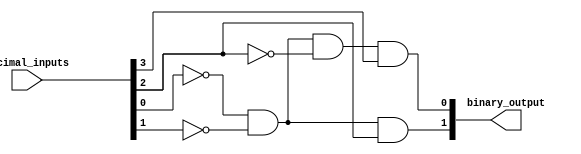
module priority_encoder(input [3:0] decimal_inputs, output [1:0] binary_output);

  assign binary_output[0] = !decimal_inputs[0] && !decimal_inputs[1] && !decimal_inputs[2] && decimal_inputs[3];
  assign binary_output[1] = !decimal_inputs[0] && !decimal_inputs[1] && decimal_inputs[2];

endmodule